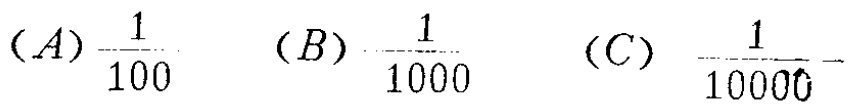
$(A)\frac{1}{100}\ (B)\frac{1}{1000}\ (C)\ \frac{1}{10000}$